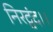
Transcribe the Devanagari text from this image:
निरद्वंद।।